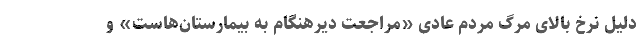
دلیل نرخ بالای مرگ مردم عادی «مراجعت دیرهنگام به بیمارستان‌هاست» و